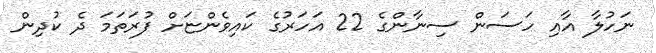
ނަހުލާ އާއި ހަސަން ސިނާންގެ 22 އަހަރުގެ ކައިވެންޏަށް ފުރަތަމަ ދެ ކުދިން